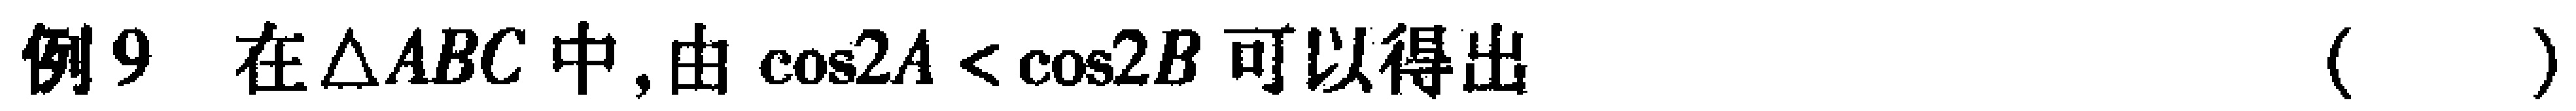
例9 在$\triangle ABC$中, 由$\cos 2A < \cos 2B$可以得出 （  ）